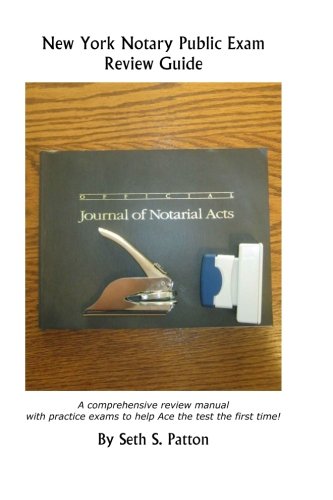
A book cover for New York Notary Public Exam Review Guide: A comprehensive review manual with practice exams to help you ace the exam the first time!; Seth S Patton; Law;